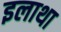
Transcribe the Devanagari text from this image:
इलाथा